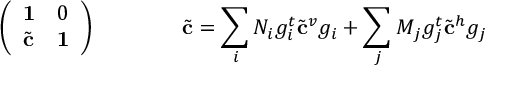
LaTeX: \left( \begin{array} { l l } { { { \bf 1 } } } & { { 0 } } \\ { { { \tilde { \bf c } } } } & { { { \bf 1 } } } \end{array} \right) \qquad \qquad { \tilde { \bf c } } = \sum _ { i } N _ { i } g _ { i } ^ { t } { \tilde { \bf c } } ^ { v } g _ { i } + \sum _ { j } M _ { j } g _ { j } ^ { t } { \tilde { \bf c } } ^ { h } g _ { j }